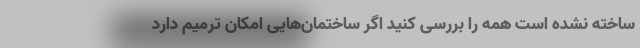
ساخته نشده است همه را بررسی کنید اگر ساختمان‌هایی امکان ترمیم دارد